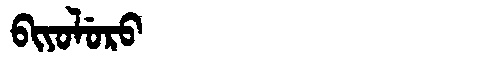
Manchu: ᠪᡳᠶᠣᠯᡠᡵᠣ
Romanization: BIYOLURO